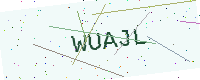
Text: WUAJL